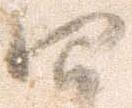
四